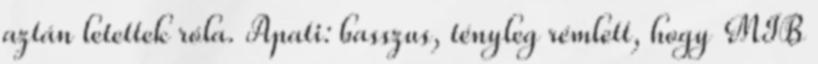
aztán letettek róla. Apati: basszus, tényleg rémlett, hogy MIB